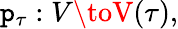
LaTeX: \mathtt{p}_{\tau}:V\toV(\tau),